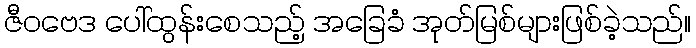
ဇီဝဗေဒ ပေါ်ထွန်းစေသည့် အခြေခံ အုတ်မြစ်များဖြစ်ခဲ့သည်။